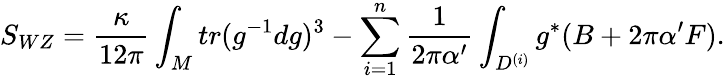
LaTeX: S_{WZ}=\frac{\kappa}{12\pi}\int_{M}tr(g^{-1}dg)^{3}-\sum_{i=1}^{n}\frac{1}{2\pi\alpha^{\prime}}\int_{D^{(i)}}g^{*}(B+2\pi\alpha^{\prime}F).